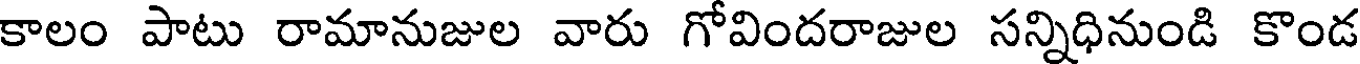
కాలం పాటు రామానుజుల వారు గోవిందరాజుల సన్నిధినుండి కొండ